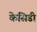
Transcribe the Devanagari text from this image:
केसिडी